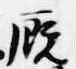
廐